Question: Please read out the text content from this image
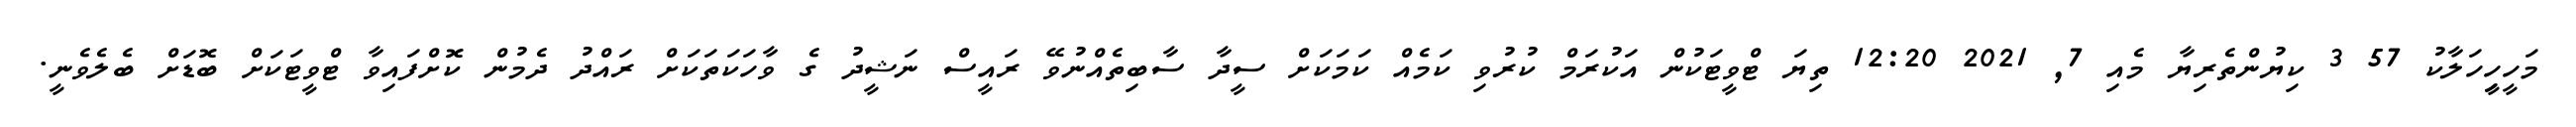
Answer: މަހީހިީހަލާކު 57 3 ކިޔުންތެރިޔާ މެއި 7, 2021 12:20 ތިޔަ ޓްވީޓަކުން އަކުރަމް ކުރުވި ކަމެއް ކަމަކަށް ސީދާ ސާބިތެއްނުވޭ ރައީސް ނަޝީދު ގެ ވާހަކަތަކަށް ރައްދު ދެމުން ކޮށްފައިވާ ޓްވީޓަކަށް ބޮޑަށް ބެލެވެނީ.